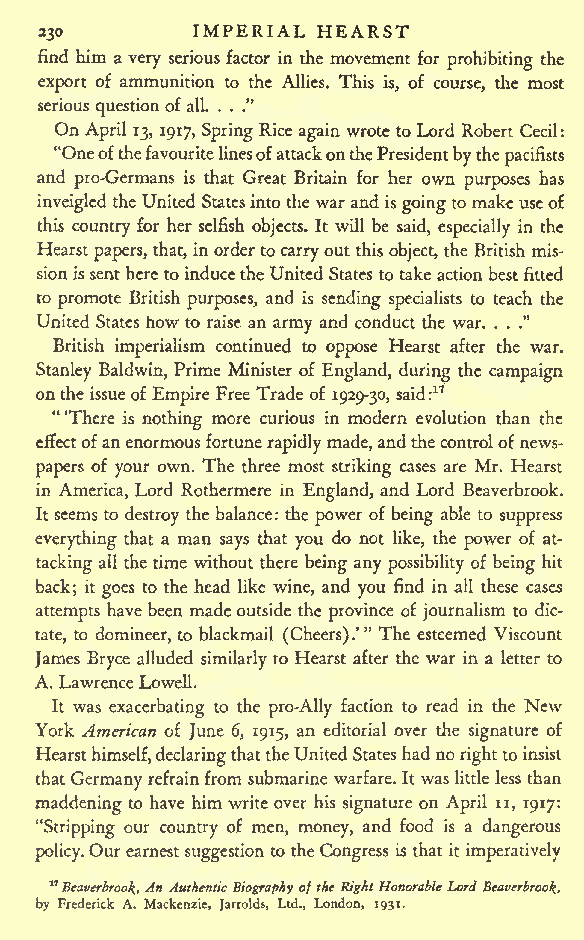
IMPERIAL HEARST
 23
 find him avery serious factor in the movement for prohibiting the
 export of ammunition to the Allies. This is, of course, the most
 serious questionofall. . . ."
 On April 13, 1917, SpringRice again wrote to Lord Robert Cecil:
 "OneofthefavouritelinesofattackonthePresidentbythe
 pacifists
 and pro-Germans is that Great Britain for her own purposes has
 inveigledthe United Statesinto the war and is goingtomakeuseof
 this country for her selfish objects. It will be said, especially in the
 Hearst papers, that, inordertocarryout this object, the British mis-
 sionissent here toinducetheUnited States to take actionbest fitted
 to promote British purposes, and is sending specialists to teach the
 United States howto raise an army and conduct the war. . . ."
 British imperialism continued to oppose Hearst after the war.
 Stanley Baldwin, Prime Minister of England, during the campaign
 onthe issueof Empire Free Trade of 1929-30, said:17
 '"There is nothing more curious in modern evolution than the
 effectofanenormousfortunerapidlymade,andthecontrolofnews-
 papers of your own. The three most striking cases are Mr. Hearst
 in America, Lord Rothermere in England, and Lord Beaverbrook.
 It seems to destroy the balance: the power of being able to suppress
 everything that a man says that you do not like, the power of at-
 tacking all the time without there being any possibility of being hit
 back; it goes to the head like wine, and you find in all these cases
 attempts have been madeoutside the province of journalism to dic-
 tate, to domineer, to blackmail (Cheers).'" The esteemed Viscount
 James Bryce alluded similarly to Hearst after the war in a letter to
 A.LawrenceLowell.
 It was exacerbating to the pro-Ally faction to read in the New
 York American of June 6, 1915, an editorial over the signature of
 Hearsthimself,declaringthattheUnitedStateshadno righttoinsist
 that Germany refrainfrom submarine warfare. It was little less than
 maddening to have him writeover his signature on April u, 1917:
 "Stripping our country of men, money, and food is a dangerous
 policy.Our earnestsuggestion to theCongress is that it imperatively
 17 Beaverbrook.,AnAuthenticBiographyoftheRightHonorableLordBeaverbrook.,
 by Frederick A. Mackenzie, Jarrolds, Ltd., London, 1931.